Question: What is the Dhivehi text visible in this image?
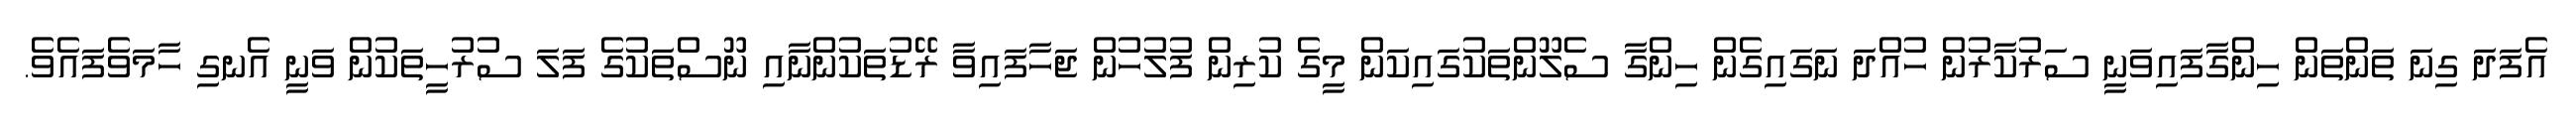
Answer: އެފަދަ ގިނަ ތަންތަން ހިންގާފައިވަނީ ސަރުކާރުން ހުއްދަ ނަގައިގެން ހިންގާ ސެލޫންތަކުގައިކަން މީގެ ކުރިން ފުލުހުން ޖަހާފައިވާ ރޭޑުތަކުންނާއި ނޫސްތަކުގެ ފަލަ ސުރުހީތަކުން ވަނީ އެނގި ހާމަވެފައެވެ.